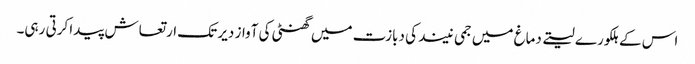
اس کے ہلکورے لیتے دماغ میں جمی نیند کی دبازت میں گھنٹی کی آواز دیر تک ارتعاش پیدا کرتی رہی۔